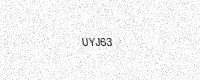
Text: UYJ63